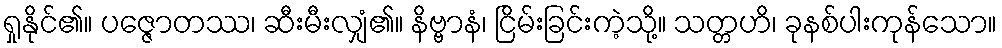
ရှုနိုင်၏။ ပဇ္ဇောတဿ၊ ဆီးမီးလျှံ၏။ နိဗ္ဗာနံ၊ ငြိမ်းခြင်းကဲ့သို့။ သတ္တဟိ၊ ခုနစ်ပါးကုန်သော။